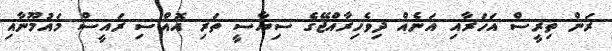
ރަން ތިރީސް އަހަރާއި އަނެއް ދިވެހިރާއްޖޭގެ ސިޔާސީ ތަރި އޮއްސި ރައީސް މައުމޫނާއި